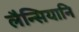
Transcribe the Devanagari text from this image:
लैन्सियानि